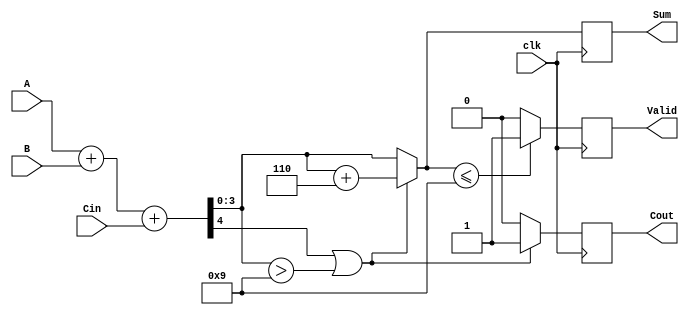
module BCD_Synchronous_Adder (
    input wire [3:0] A,      // First BCD digit
    input wire [3:0] B,      // Second BCD digit
    input wire Cin,          // Carry input
    input wire clk,          // Clock input
    output reg [3:0] Sum,    // Resulting BCD digit
    output reg Cout,         // Carry output
    output reg Valid         // Valid BCD output signal
);

    reg [4:0] Temp_Sum;      // Temporary sum (5 bits to hold carry)

    always @(posedge clk) begin
        // Step 1: Perform binary addition
        Temp_Sum = A + B + Cin;

        // Step 2: Perform BCD correction if necessary
        if (Temp_Sum[4] == 1 || (Temp_Sum[3:0] > 9)) begin
            // Apply BCD correction by adding 6
            Sum = Temp_Sum[3:0] + 4'b0110;
            Cout = 1; // Set carry out
        end else begin
            Sum = Temp_Sum[3:0];
            Cout = 0; // No carry out
        end

        // Step 3: Determine Valid signal
        Valid = (Sum <= 9) ? 1'b1 : 1'b0; // Output is valid if Sum is a valid BCD digit
    end

endmodule